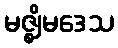
မဇ္ဈိမဒေသ